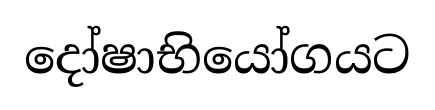
දෝෂාභියෝගයට